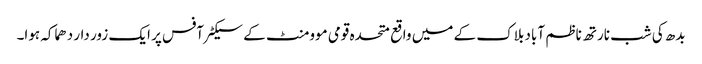
بدھ کی شب نارتھ ناظم آباد بلاک کے میں واقع متحدہ قومی موومنٹ کے سیکٹرآفس پر ایک زور دار دھماکہ ہوا۔